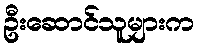
ဦးဆောင်သူများက